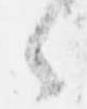
々